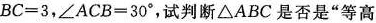
$$B C = 3$$，$$∠ A C B = 3 0 °$$，试判断△ABC是否是”等高